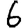
Digit: 6